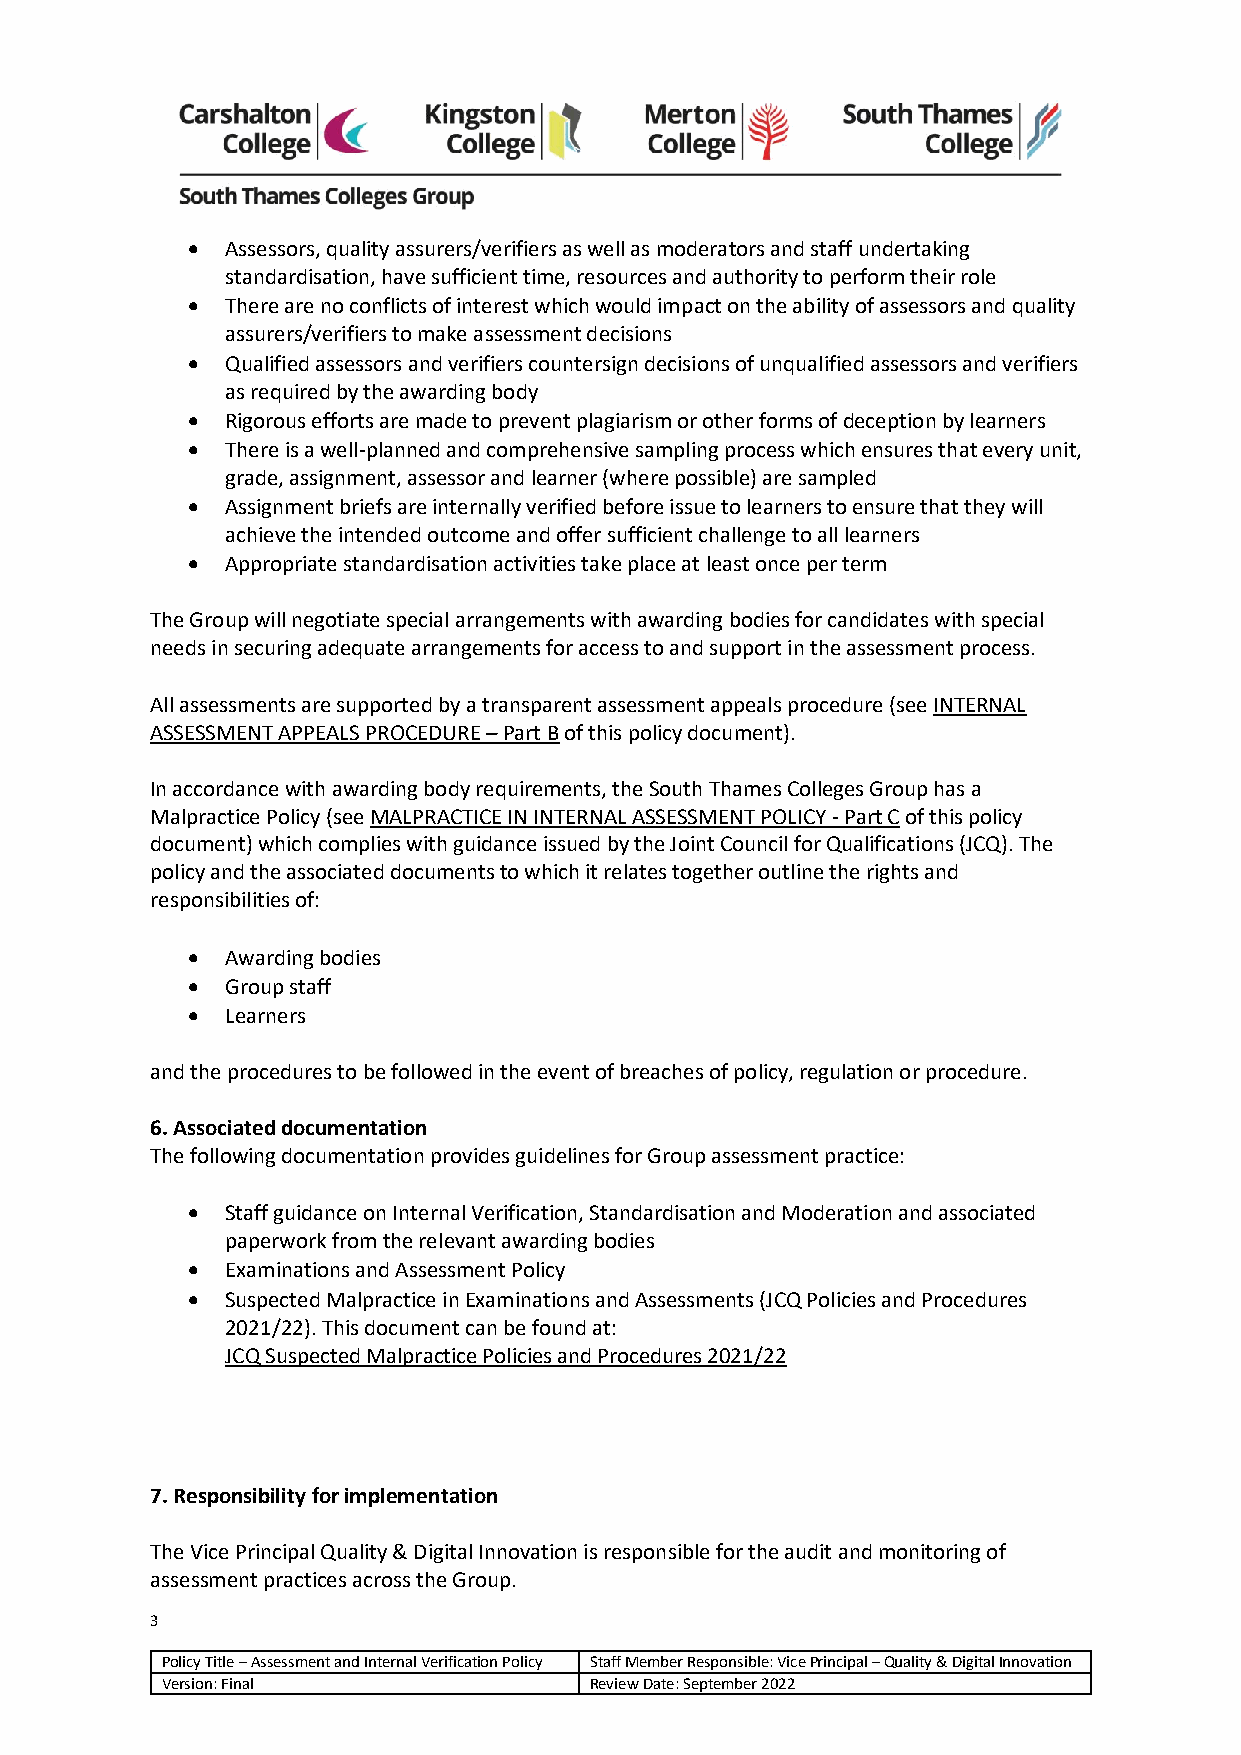
•  Assessors, quality assurers/verifiers as well as moderators and staff undertaking
 standardisation, have sufficient time, resources and authority to perform their role
 •  There are no conflicts of interest which would impact on the ability of assessors and quality
 assurers/verifiers to make assessment decisions
 •  Qualified assessors and verifiers countersign decisions of unqualified assessors and verifiers
 as required by the awarding body
 •  Rigorous efforts are made to prevent plagiarism or other forms of deception by learners
 •  There is a well-planned and comprehensive sampling process which ensures that every unit,
 grade, assignment, assessor and learner (where possible) are sampled
 •  Assignment briefs are internally verified before issue to learners to ensure that they will
 achieve the intended outcome and offer sufficient challenge to all learners
 •  Appropriate standardisation activities take place at least once per term
 The Group will negotiate special arrangements with awarding bodies for candidates with special
 needs in securing adequate arrangements for access to and support in the assessment process.
 All assessments are supported by a transparent assessment appeals procedure (see INTERNAL
 ASSESSMENT APPEALS PROCEDURE – Part B of this policy document).
 In accordance with awarding body requirements, the South Thames Colleges Group has a
 Malpractice Policy (see MALPRACTICE IN INTERNAL ASSESSMENT POLICY - Part C of this policy
 document) which complies with guidance issued by the Joint Council for Qualifications (JCQ). The
 policy and the associated documents to which it relates together outline the rights and
 responsibilities of:
 •  Awarding bodies
 •  Group staff
 •  Learners
 and the procedures to be followed in the event of breaches of policy, regulation or procedure.
 6. Associated documentation
 The following documentation provides guidelines for Group assessment practice:
 •  Staff guidance on Internal Verification, Standardisation and Moderation and associated
 paperwork from the relevant awarding bodies
 •  Examinations and Assessment Policy
 •  Suspected Malpractice in Examinations and Assessments (JCQ Policies and Procedures
 2021/22). This document can be found at:
 JCQ Suspected Malpractice Policies and Procedures 2021/22
 7. Responsibility for implementation
 The Vice Principal Quality & Digital Innovation is responsible for the audit and monitoring of
 assessment practices across the Group.
 3
 Policy Title – Assessment and Internal Verification Policy Staff Member Responsible: Vice Principal – Quality & Digital Innovation
 Version: Final              Review Date: September 2022